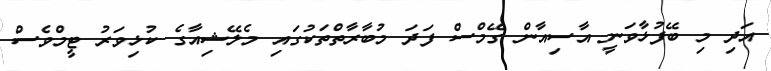
އަދި މި ބޭފުޅާވަނީ އާސިއާން ގޭމްސް ފަދަ މުބާރާތްތަކުގައި މެލޭޝިއާގެ ކުޅިވަރު ޓީމްވެސް